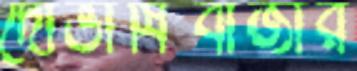
দোভাষিবাজার